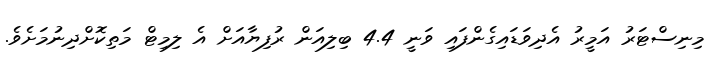
މިނިސްޓަރު އަމީރު އެދިވަޑައިގެންފައި ވަނީ 4.4 ބިލިއަން ރުފިޔާއަށް އެ ލިމިޓް މަތިކޮށްދިނުމަށެވެ.